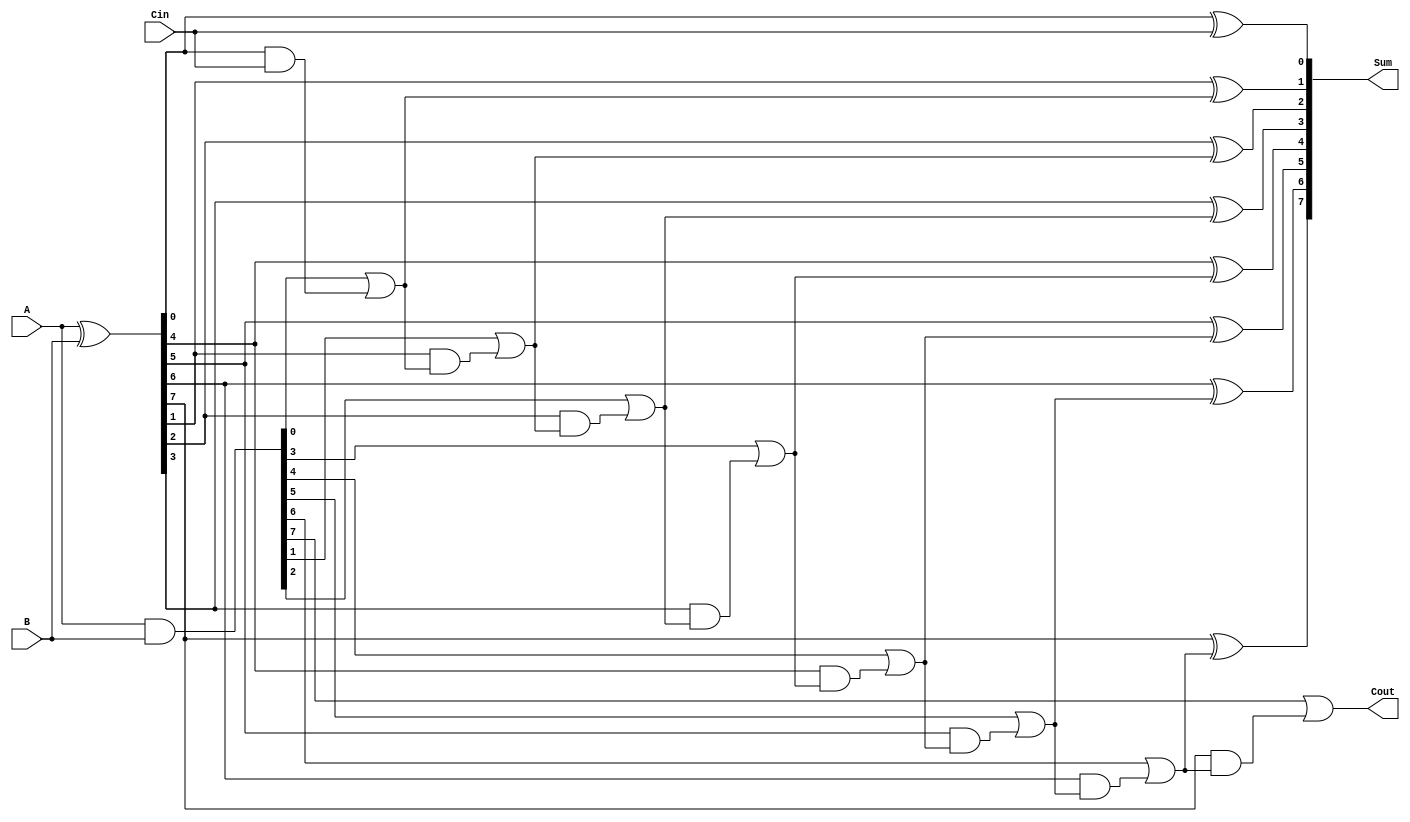
module Precomputation_Carry_Adder #(parameter n = 8) (
    input  [n-1:0] A,       // First n-bit input
    input  [n-1:0] B,       // Second n-bit input
    input         Cin,       // Carry-in signal
    output [n-1:0] Sum,     // n-bit sum output
    output        Cout       // Carry-out signal
);

    // Generate and propagate signals
    wire [n-1:0] G; // Generate signals
    wire [n-1:0] P; // Propagate signals
    wire [n:0] C;   // Carry signals, C[0] = Cin, C[n] = Cout

    // Carry generation logic
    assign G = A & B;                 // Generate
    assign P = A ^ B;                 // Propagate
    
    // Generate carry signals
    assign C[0] = Cin;                 // Initial carry input
    genvar i;
    generate
        for (i = 0; i < n; i = i + 1) begin : carry_gen
            if (i == 0) begin
                assign C[i + 1] = G[i] | (P[i] & C[i]); // Cout[0]
            end else begin
                assign C[i + 1] = G[i] | (P[i] & C[i]); // Cout[i]
            end
        end
    endgenerate

    // Sum calculation
    generate
        for (i = 0; i < n; i = i + 1) begin : sum_calc
            assign Sum[i] = P[i] ^ C[i]; // Sum[i]
        end
    endgenerate
    
    // Final carry-out
    assign Cout = C[n]; // Carry-out from the most significant bit

endmodule